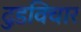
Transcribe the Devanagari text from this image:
दुडविचार